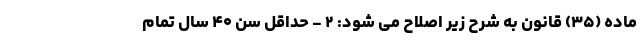
ماده (۳۵) قانون به شرح زیر اصلاح می شود: ۲ - حداقل سن ۴۰ سال تمام